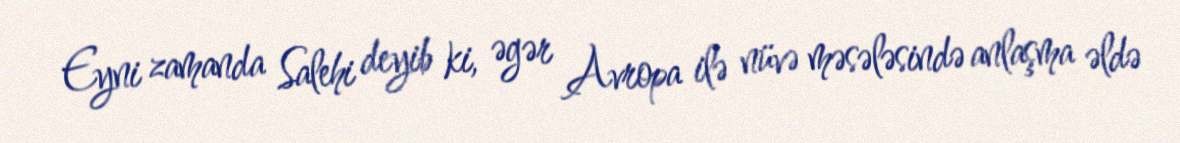
Eyni zamanda Salehi deyib ki, əgər Avropa ilə nüvə məsələsində anlaşma əldə